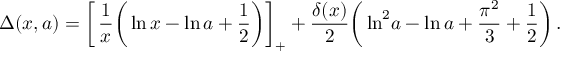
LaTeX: \Delta ( x , a ) = \left[ \, \frac { 1 } { x } \bigg ( \ln x - \ln a + \frac 1 2 \bigg ) \right] _ { + } + \frac { \delta ( x ) } { 2 } \bigg ( \ln ^ { 2 } \! a - \ln a + \frac { \pi ^ { 2 } } { 3 } + \frac 1 2 \bigg ) \, .